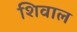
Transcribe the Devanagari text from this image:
शिवाल